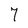
Character: 7